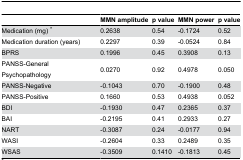
|  | MMN amplitude | p value | MMN power | p value |
 | --- | --- | --- | --- | --- |
 | Medication (mg) * | 0.2638 | 0.54 | -0.1724 | 0.52 |
 | Medication duration (years) | 0.2297 | 0.39 | -0.0524 | 0.84 |
 | BPRS | 0.1996 | 0.45 | 0.3908 | 0.13 |
 | PANSS-General Psychopathology | 0.0270 | 0.92 | 0.4978 | 0.050 |
 | PANSS-Negative | -0.1043 | 0.70 | -0.1900 | 0.48 |
 | PANSS-Positive | 0.1660 | 0.53 | 0.4938 | 0.052 |
 | BDI | -0.1930 | 0.47 | 0.2365 | 0.37 |
 | BAI | -0.2195 | 0.41 | 0.2933 | 0.27 |
 | NART | -0.3087 | 0.24 | -0.0177 | 0.94 |
 | WASI | -0.2604 | 0.33 | 0.2489 | 0.35 |
 | WSAS | -0.3509 | 0.1410 | -0.1813 | 0.45 |